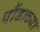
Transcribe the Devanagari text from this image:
पौंडाच्या